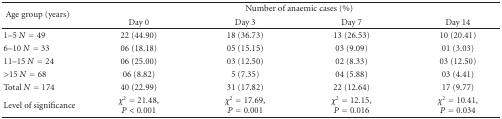
| <ROWSPAN=2> Age group (years) | <COLSPAN=4> Number of anaemic cases (%) |
 | Day 0 | Day 3 | Day 7 | Day 14 |
 | --- | --- | --- | --- | --- |
 | 1–5 N = 49 | 22 (44.90) | 18 (36.73) | 13 (26.53) | 10 (20.41) |
 | 6–10 N = 33 | 06 (18.18) | 05 (15.15) | 03 (9.09) | 01 (3.03) |
 | 11–15 N = 24 | 06 (25.00) | 03 (12.50) | 02 (8.33) | 03 (12.50) |
 | >15 N = 68 | 06 (8.82) | 5 (7.35) | 04 (5.88) | 03 (4.41) |
 | Total N = 174 | 40 (22.99) | 31 (17.82) | 22 (12.64) | 17 (9.77) |
 | Level of significance | χ2 = 21.48, P < 0.001 | χ2 = 17.69, P = 0.001 | χ2 = 12.15, P = 0.016 | χ2 = 10.41, P = 0.034 |